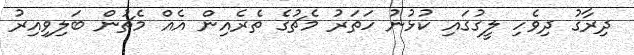
ދިރާގު ދިވެހި ލީގުގައި ކުޅުނު ހަތަރު މެޗުގެ ތެރެއިން އެއް މެޗުން ބަލިވިއިރު